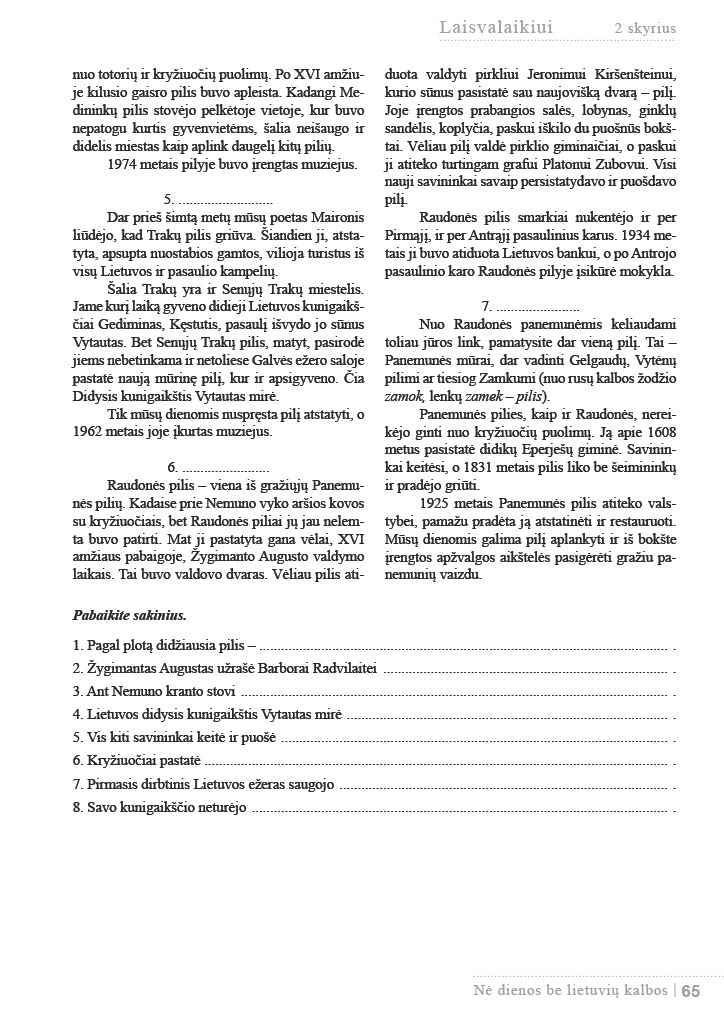
Language: lt